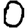
Digit: 0